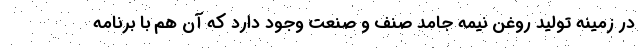
در زمینه تولید روغن نیمه جامد صنف و صنعت وجود دارد که آن هم با برنامه